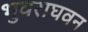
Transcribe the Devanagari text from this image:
भुवराघवन